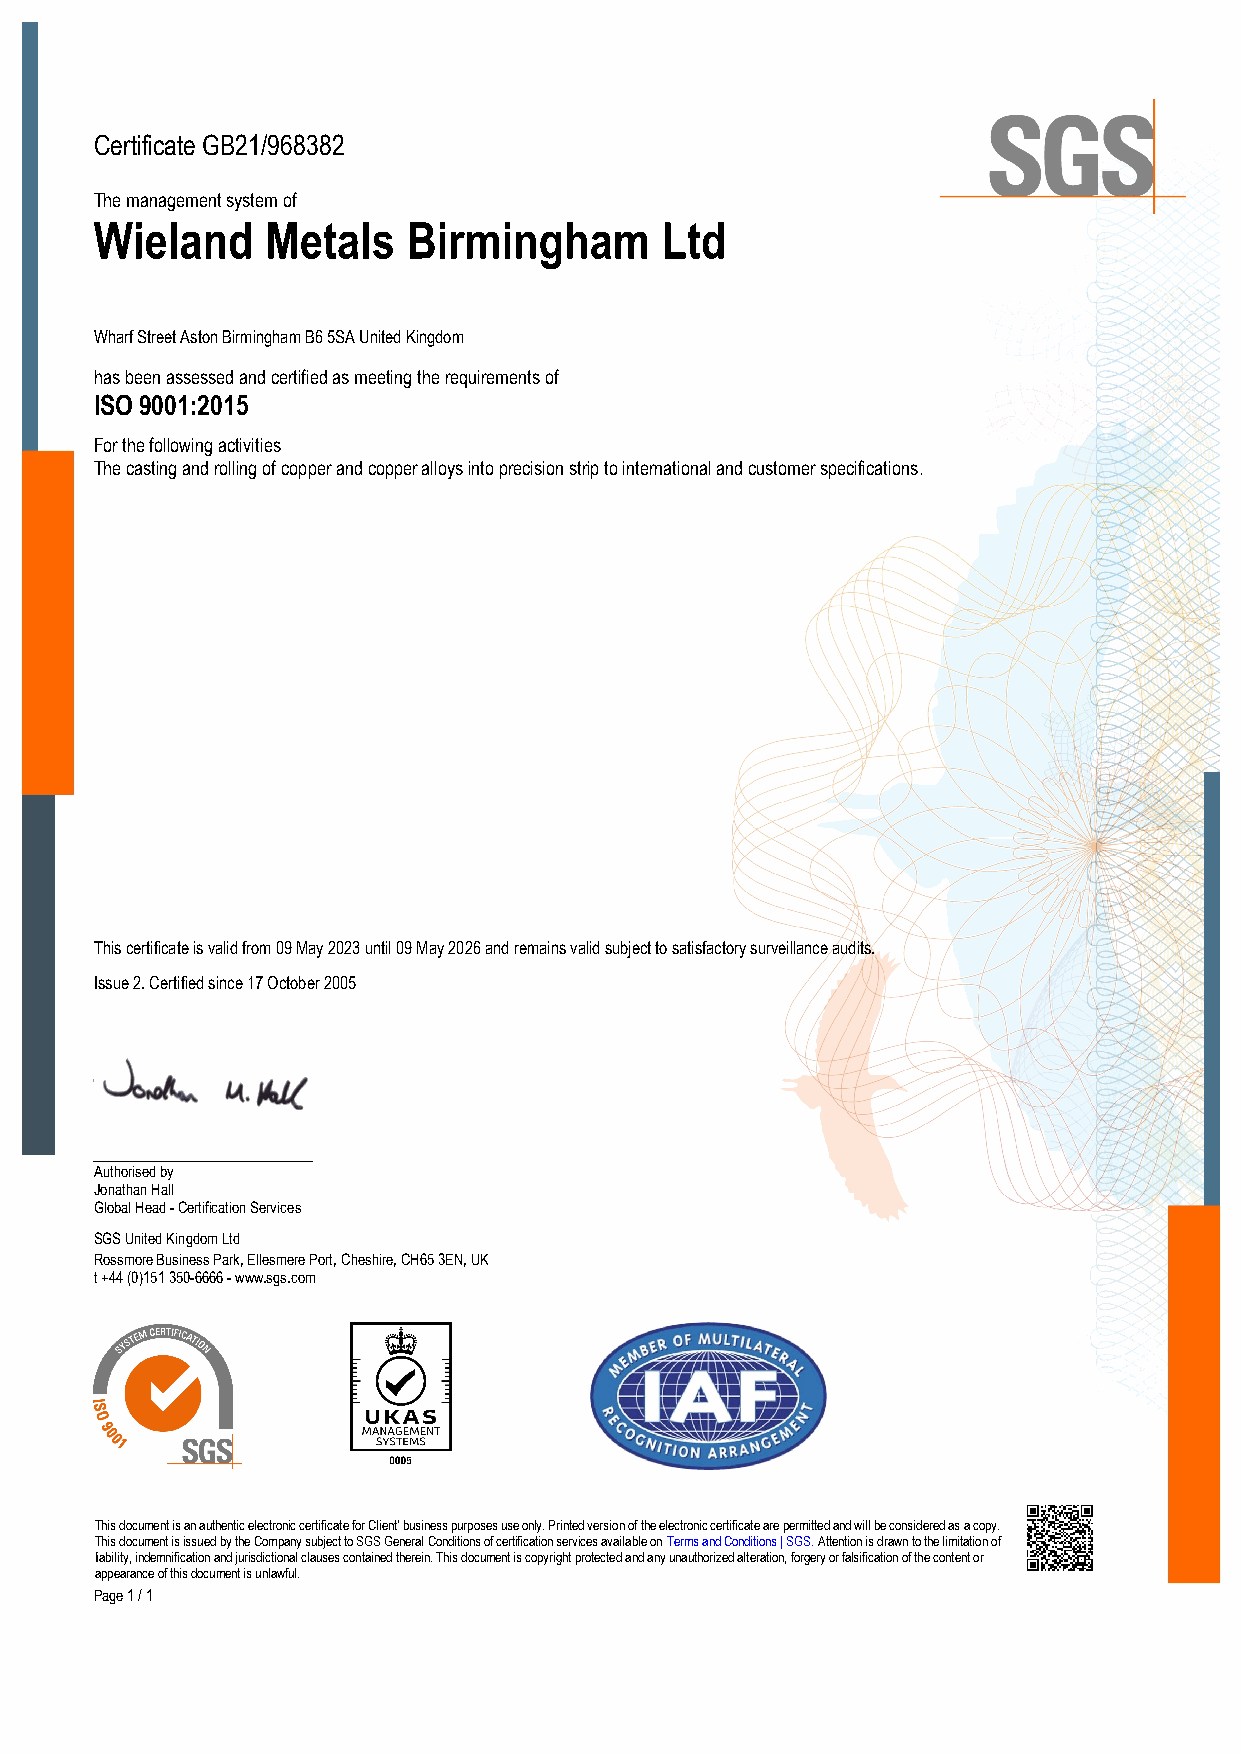
Certificate GB21/968382
 The management system of
 Wieland     Metals   Birmingham       Ltd
 Wharf Street Aston Birmingham B6 5SA United Kingdom
 has been assessed and certified as meeting the requirements of
 ISO 9001:2015
 For the following activities
 The casting and rolling of copper and copper alloys into precision strip to international and customer specifications.
 This certificate is valid from 09 May 2023 until 09 May 2026 and remains valid subject to satisfactory surveillance audits.
 Issue 2. Certified since 17 October 2005
 Authorised by
 Jonathan Hall
 Global Head - Certification Services
 SGS United Kingdom Ltd
 Rossmore Business Park, Ellesmere Port, Cheshire, CH65 3EN, UK
 t +44 (0)151 350-6666 - www.sgs.com
 This document is an authentic electronic certificate for Client’ business purposes use only. Printed version of the electronic certificate are permitted and will be considered as a copy.
 This document is issued by the Company subject to SGS General Conditions of certification services available on Terms and Conditions | SGS. Attention is drawn to the limitation of
 liability, indemnification and jurisdictional clauses contained therein. This document is copyright protected and any unauthorized alteration, forgery or falsification of the content or
 appearance of this document is unlawful.
 Page 1 / 1